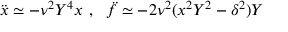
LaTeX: { \ddot { x } } \simeq - \nu ^ { 2 } Y ^ { 4 } x \ , \ \ { \ddot { f } } \simeq - 2 \nu ^ { 2 } ( x ^ { 2 } Y ^ { 2 } - \delta ^ { 2 } ) Y